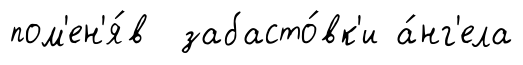
пом'ен'я́в забасто́вк'и а́нг'ела